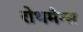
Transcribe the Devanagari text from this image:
रोथमैन्स